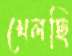
খেলছি